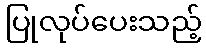
ပြုလုပ်ပေးသည့်